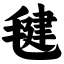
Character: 毽